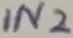
Text: IN2